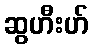
ဆွဟီးဟ်